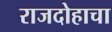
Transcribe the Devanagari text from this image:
राजदोहाचा